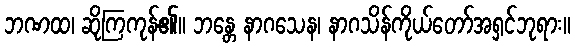
ဘဏထ၊ ဆိုကြကုန်၏။ ဘန္တေ နာဂသေန၊ နာဂသိန်ကိုယ်တော်အရှင်ဘုရား။